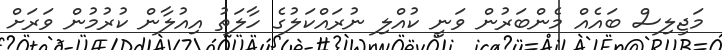
މަޖިލިސް ބައެއް މެންބަރުން ވަނީ ކުއްލި ނުރައްކަލުގެ ހާލަތު އިއުލާން ކުރުމުން ވަރަށް